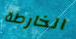
الخارطة